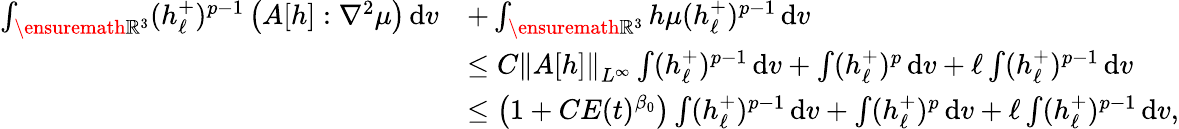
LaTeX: \begin{array}{rl}{\int_{\ensuremath{{\mathbb R}}^{3}}(h_{\ell}^{+})^{p-1}\left(A[h]:\nabla^{2}\mu\right)\, \mathrm{d}v}&{+\int_{\ensuremath{{\mathbb R}}^{3}}h\mu(h_{\ell}^{+})^{p-1}\, \mathrm{d}v}\\ &{\leq C\left\| A[h]\right\| _{L^{\infty}}\int(h_{\ell}^{+})^{p-1}\, \mathrm{d}v+\int(h_{\ell}^{+})^{p}\, \mathrm{d}v+\ell\int(h_{\ell}^{+})^{p-1}\, \mathrm{d}v}\\ &{\leq\big(1+CE(t)^{\beta_{0}}\big)\int(h_{\ell}^{+})^{p-1}\, \mathrm{d}v+\int(h_{\ell}^{+})^{p}\, \mathrm{d}v+\ell\int(h_{\ell}^{+})^{p-1}\, \mathrm{d}v,}\end{array}